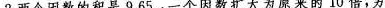
2.两个因数的积是9.65，一个因数扩大为原来的10倍，另